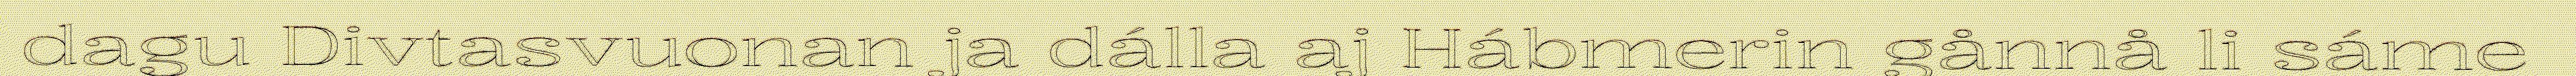
dagu Divtasvuonan ja dálla aj Hábmerin gånnå li sáme